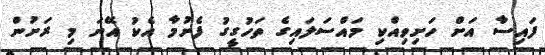
ފައިސާ އަށް ހަށިވިއްކި މައްސަލައިގެ ތަހުގީގު ފެށުމާ އެކު އޭނަ މި ރަށުން